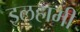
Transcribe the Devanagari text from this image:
इलहामी